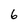
Character: 6